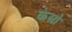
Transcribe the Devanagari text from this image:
केस्त्रो